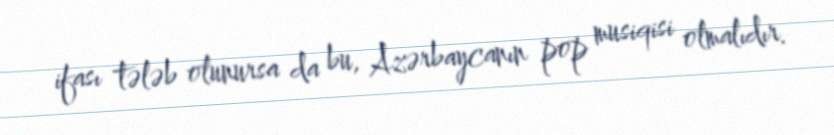
ifası tələb olunursa da bu, Azərbaycanın pop musiqisi olmalıdır.